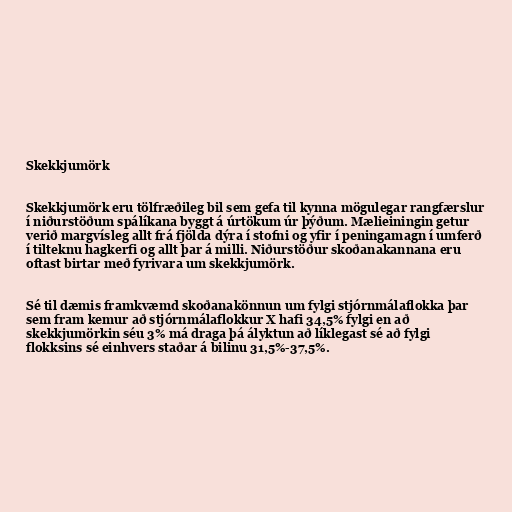
Skekkjumörk

Skekkjumörk eru tölfræðileg bil sem gefa til kynna mögulegar rangfærslur
í niðurstöðum spálíkana byggt á úrtökum úr þýðum. Mælieiningin getur
verið margvísleg allt frá fjölda dýra í stofni og yfir í peningamagn í umferð
í tilteknu hagkerfi og allt þar á milli. Niðurstöður skoðanakannana eru
oftast birtar með fyrivara um skekkjumörk.

Sé til dæmis framkvæmd skoðanakönnun um fylgi stjórnmálaflokka þar
sem fram kemur að stjórnmálaflokkur X hafi 34,5% fylgi en að
skekkjumörkin séu 3% má draga þá ályktun að líklegast sé að fylgi
flokksins sé einhvers staðar á bilinu 31,5%-37,5%.